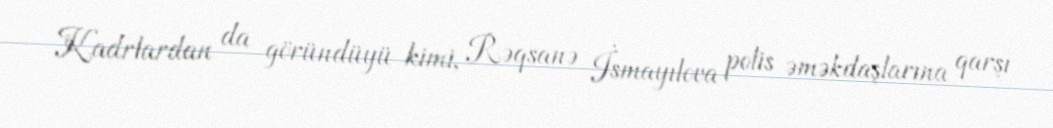
Kadrlardan da göründüyü kimi, Rəqsanə İsmayılova polis əməkdaşlarına qarşı